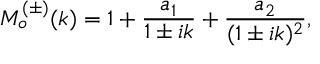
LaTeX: M _ { o } ^ { ( \pm ) } ( k ) = 1 + \frac { a _ { 1 } } { 1 \pm i k } + \frac { a _ { 2 } } { ( 1 \pm i k ) ^ { 2 } } ,